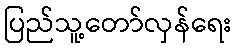
ပြည်သူ့တော်လှန်ရေး